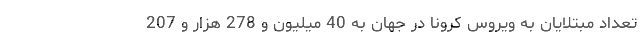
تعداد مبتلایان به ویروس کرونا در جهان به 40 میلیون و 278 هزار و 207